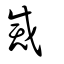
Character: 烕